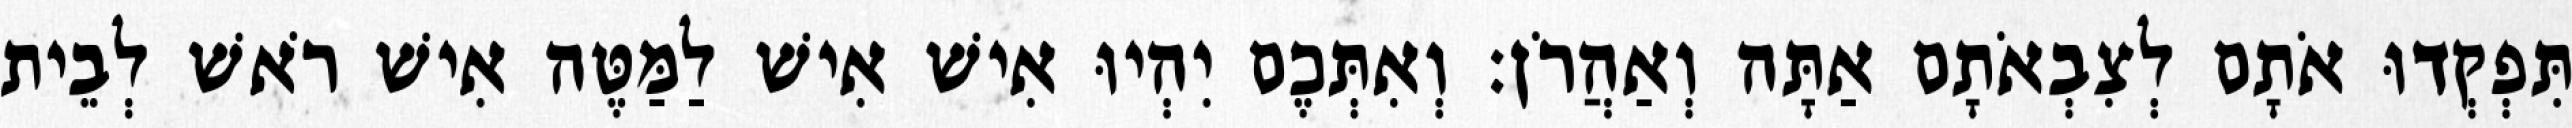
תִּפְקְדוּ אֹתָם לְצִבְאֹתָם אַתָּה וְאַהֲרֹן׃ וְאִתְּכֶם יִהְיוּ אִישׁ אִישׁ לַמַּטֶּה אִישׁ רֹאשׁ לְבֵית